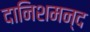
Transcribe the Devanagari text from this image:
दानिशमन्द